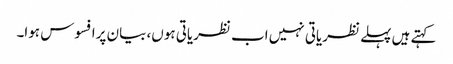
کہتے ہیں پہلے نظریاتی نہیں اب نظریاتی ہوں، بیان پرافسوس ہوا۔